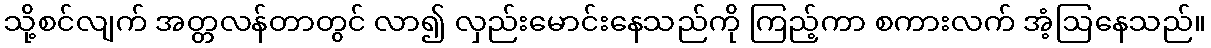
သို့စင်လျက် အတ္တလန်တာတွင် လာ၍ လှည်းမောင်းနေသည်ကို ကြည့်ကာ စကားလက် အံ့ဩနေသည်။